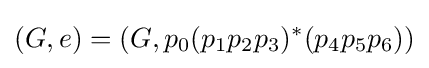
(G,e)=(G,p_{0}(p_{1}p_{2}p_{3})^{*}(p_{4}p_{5}p_{6}))